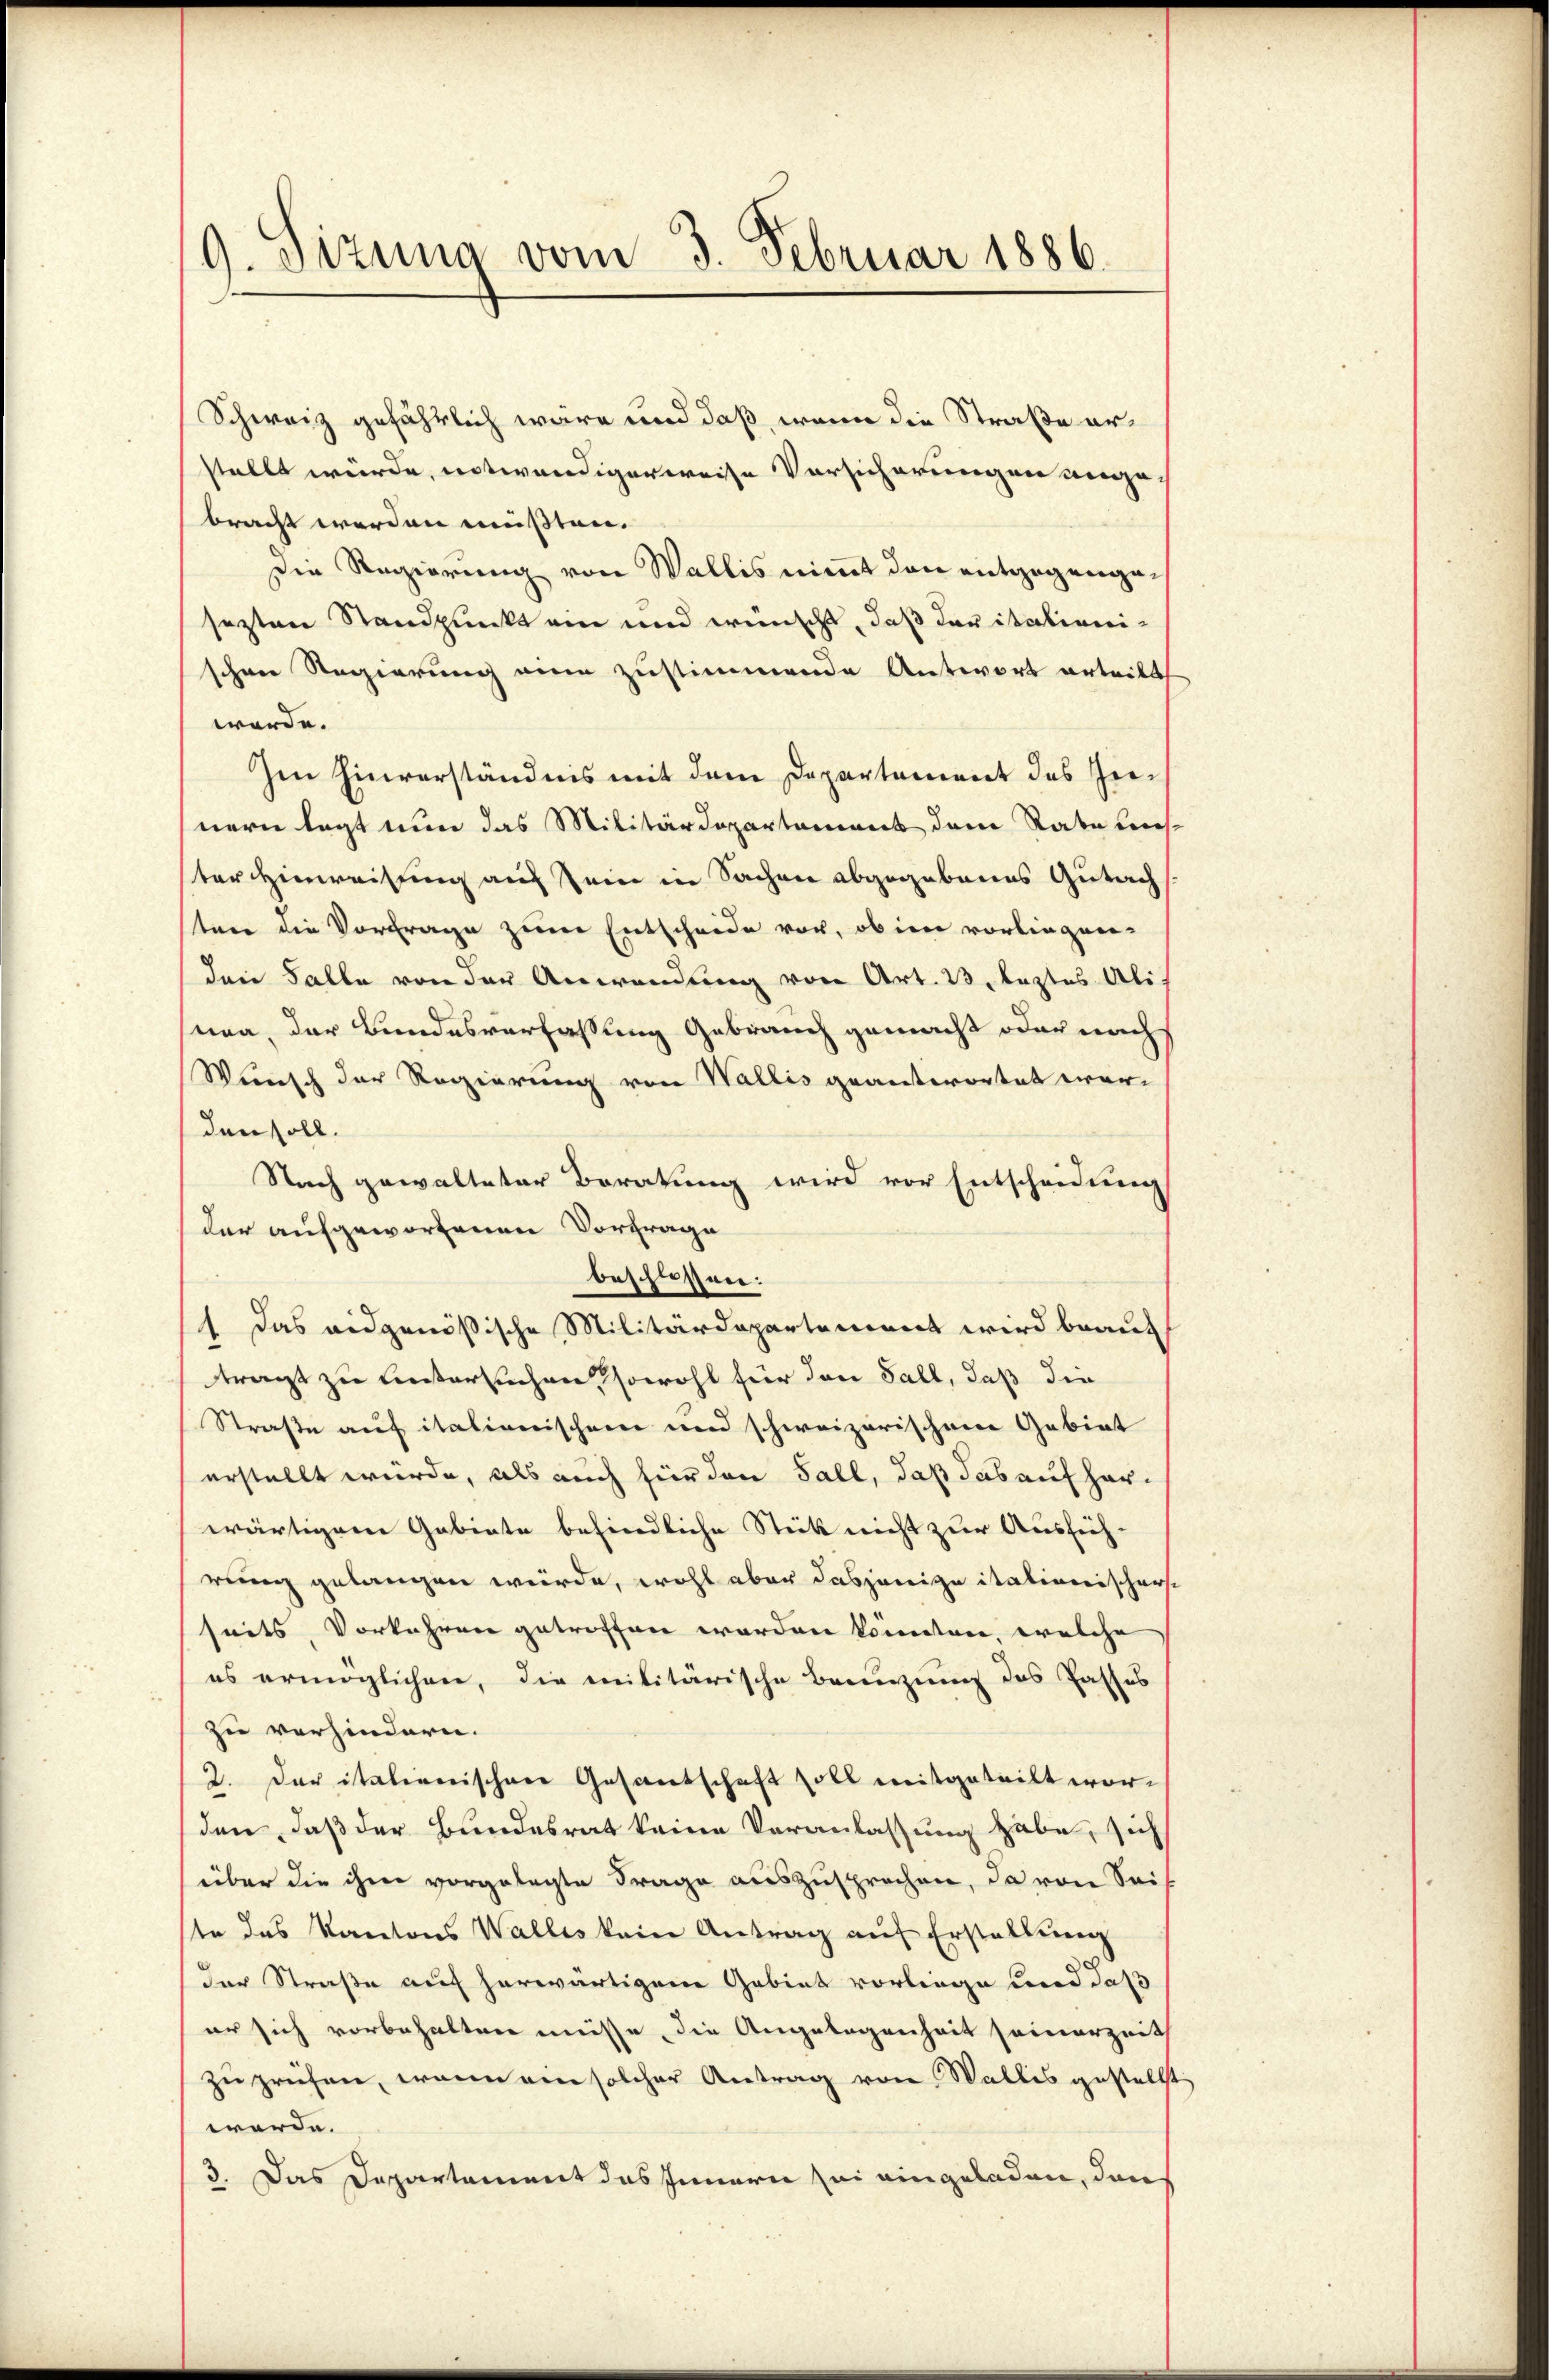
9. Sizung vom 3. Februar 1886.

Schweiz gefährlich wäre und daß, wenn die Straße erstellt würde, notwendigerweise Vorsicherungen angebracht werden müßten.
Die Regierung von Wallis nimmt den entgegengesezten Standpunkt ein und wünscht, daß der italienischner Regierung ein zustimmende Antwort erteilt
werde.
Im Hinverständnis mit dem Departement des Innern legt nun das Militärdepartament dem Rate uns.
ter Hinweisung auf sein in Sachen abgegebenes Gutach
sten die Vortrage zum Entscheide vor, ob im vorliegen-
den Falle von der Anwendung von Art. 13, leztes Ali.
sna, der Bundesverfassung Gebrauch gemacht oder nach
Wunsch der Regierung von Wallis geantwortet werden soll.
Nach gewalteter Beratung wird vor Entscheidung
der aufgeworfenen Vorfrage
beschlossen:
) Das eidgenößische Militärdepartement wird brauc
tragt zu untersuchen, sowohl für den Fall, daß die
Straße auf italienischen und schweizerischen Gebiet
erstellt würde, als auch für den Fall, daß das auf herwärtigene Gabinte befindliche Stück nicht zur Ausführung gelangen würde, wohl aber dasjenige itationischerseits, Vorkehren getroffen werden könnten, welche
es ermöglichen, die militärische Brenzung des Casses
zu verhindern.
2. Der italienischere Gesantschaft soll mitgeteilt worden, daß der Bundesrat keine Veranlassung habe, sich
über die ihm vorgelegte Frage auszusprechen, da von Sei
ste das Kantons Wallis kein Antrag auf Erstellung
der Straße auch herwärtigen Gebiet vorliege und daß
er sich vorbehalten müsse, die Angelegenheit seinerzeit
zu prüfen, wenn ein solcher Antrag von Wallis gestellt
werde.
3. Das Departement das Innern sei eingeladen, den